Report on the lunatic asylums under the Government of Bombay - 1904-1913
Year: 1904
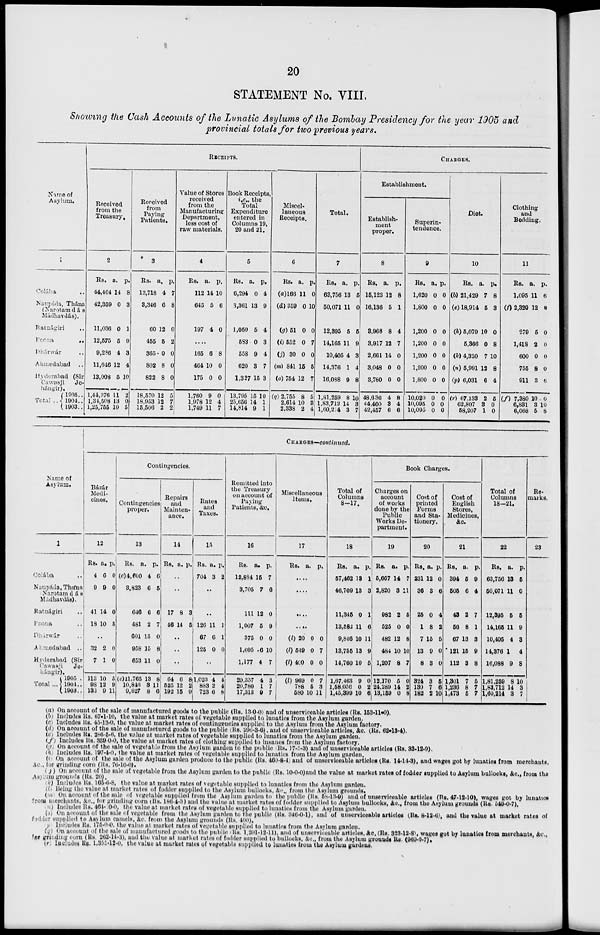
20
STATEMENT No. VIII.
Showing the Cash Accounts of the Lunatic Asylums of the Bombay Presidency for the year 1905 and
provincial totals for two previous years.
Name of
Asylum.
1
Colába ..
Naupáda, Thána
(Narotamdás
Mádhavdás).
Ratanágiri ..
Poona ..
Dhárwár ..
Ahmedabad
..
Hyderabad (Sir
Cawasji Je-
hángir).
Total ...
1905..
1904..
1903..
RECEIPTS.
Received
from the
Treasury.
2
Rs.
14,464
42,359
11,036
12,575
9,296
11,646
13,008
1,44,376
1,34,508
1,25,755
a.
14
0
0
5
4
12
5
11
13
10
p.
8
3
1
9
3
4
10
2
0
5
Received
from
Paying
Patients.
3
Rs.
12,718
3,346
60
455
365
802
822
18,570
18,953
15,506
a.
4
6
12
5
0
8
8
12
12
2
p.
7
8
0
2
0
0
0
5
7
2
Value of Stores
received
from the
Manufacturing
Department,
less cost of
raw materials.
4
Rs.
112
645
197
a.
14
5
4
p.
10
6
0
...
165
464
175
1,760
1,978
1,749
6
10
0
9
12
11
8
0
0
0
4
7
Book Receipts,
i.e., the
Total
Expenditure
entered in
Columns 19,
20 and 21.
5
Rs.
6,294
3,361
1,050
583
558
620
1,327
13,795
25,656
14,814
a.
0
13
5
0
9
3
15
15
14
9
p.
4
9
4
3
4
7
3
10
1
1
Miscel-
laneous
Receipts.
6
Rs.
(a)166
(d) 359
(g) 51
(i) 552
(j) 30
(m) 841
(o) 754
(q) 2,755
2,614
2,338
a.
11
0
0
0
0
15
12
8
10
2
p.
0
10
0
7
0
5
7
5
3
4
Total.
7
Rs.
63,756
50,071
12,395
14,165
10,405
14,376
16,088
1,81,259
1,83,712
1,60,214
a.
13
11
5
11
4
1
9
8
14
3
p.
5
0
5
9
3
4
8
10
3
7
CHARGES.
Establishment.
Establish-
ment
proper.
8
Rs.
15,123
16,136
3,968
3,917
2,661
3,048
3,780
48,636
44,400
42,457
a.
12
5
8
12
14
0
0
4
3
6
p.
8
1
4
7
0
0
0
8
4
6
Superin-
tendence.
9
Rs.
1,620
1,800
1,200
1,200
1,200
1,200
1,800
10,020
10,095
10,095
a.
0
0
0
0
0
0
0
0
0
0
p.
0
0
0
0
0
0
0
0
0
0
Diet.
10
Rs.
(b) 21,429
(e) 18,914
(h) 5,079
5,366
(k) 4,320
(n) 5,991
(p) 6,031
(r) 67,133
62,807
58,207
a.
7
5
10
0
7
12
6
2
3
1
p.
8
3
0
8
10
8
4
5
0
0
Clothing
and
Bedding.
11
Rs.
1,095
(f) 2,320
279
1,418
600
755
911
(f) 7,380
6,831
6,068
a.
11
12
5
2
0
8
3
10
3
5
p.
6
0
0
0
0
0
6
0
10
8
Name of
Asylum.
1
Colába ..
Naupáda,Thána
Narotamdás
Madhavdás).
Ratnágiri ..
Poona ..
Dhárwár ..
Ahmedabad
..
Hyderabad (Sir
Cawasji Je-
hángir).
Total
..
1905 ..
1901 ..
1903 ..
CHARGES—continued.
Bázár
Medi-
cines.
12
Rs.
4
9
41
18
a.
6
9
14
10
p.
0
0
0
5
..
32
7
113
98
133
2
1
10
12
9
0
0
5
9
11
Contingencies.
Contingencies
proper.
13
Rs.
(c) 4,600
3,823
646
481
601
958
653
(c) 11,765
10,846
9,627
a.
4
6
6
2
15
15
11
13
3
8
p.
6
5
6
7
0
8
0
8
11
6
Repairs
and
Mainten-
ance.
14
Rs. a.
p.
..
..
17
40
8
14
3
5
..
..
..
64
525
192
6
12
15
8
2
9
Rates
and
Taxes.
15
Rs.
704
a.
3
p.
2
..
..
126
67
125
11
6
0
1
1
0
..
1,023
883
723
4
2
6
4
4
8
Remitted into
the Treasury
on account of
Paying
Patients, &c.
16
Rs.
12,884
3,705
111
1,007
375
1,095
1,177
20,357
20,780
17,313
a.
15
7
12
5
0
6
4
4
1
9
p.
7
6
0
9
0
10
7
3
7
7
Miscellaneous
Items.
17
Rs.
a.
p.
....
....
....
....
(l) 20
(l) 549
(l) 400
(l) 969
788
580
0
0
0
0
5
10
0
7
0
7
3
11
Total of
Columns
8—17.
18
Rs.
57,462
46,709
11,345
13,582
9,846
13,755
14,760
1,67,468
1,58,056
1,45,399
a.
13
13
0
11
10
13
10
9
0
10
p.
1
3
1
6
11
9
5
0
2
6
Book Charges.
Charges on
account
of works
done by the
Public
Works De-
partment.
19
Rs.
5,667
2,820
982
525
482
484
1,207
12,170
24,289
13,159
a.
14
3
2
0
12
10
8
5
14
0
p.
7
11
5
0
8
10
7
0
2
8
Cost of
printed
Forms
and Sta-
tionery.
20
Rs.
231
36
25
1
7
13
8
324
130
182
a.
12
3
0
8
15
9
3
3
7
2
p.
0
6
4
2
5
0
0
5
6
10
Cost of
English
Stores,
Medicines,
&c.
21
Rs.
394
505
43
56
67
121
112
1,301
1,236
1,473
a.
5
6
2
8
13
15
3
7
8
5
p.
9
4
7
1
3
9
8
5
7
7
Total of
Columns
18—21.
22
Rs.
63,756
50,071
12,395
14,165
10,405
14,376
16,088
1,81,259
1,83,712
1,60,214
a.
13
11
5
11
4
1
9
8
14
3
p.
5
0
5
9
3
4
8
10
3
7
Re-
marks.
23
(a) On account of the sale of manufactured goods to the public (Rs. 1300) and of unserviceable articles (Rs. 153-11-0).
(b) Includes Rs. 67-1-10, the value at market rates of vegetable supplied to lunatics from the Asylum garden.
(c) Includes Rs. 45-13-0, the value at market rates of contingencies supplied to the Asylum from the Asylum factory.
(d) On account of the sale of manufactured goods to the public (Rs. 296-3-6), and of unserviceable articles, &c. (Rs. 62-13-4).
(e) Includes Rs. 286-5-6, the value at market rates of vegetable supplied to lunatics from the Asylum garden.
(f) Includes Rs. 359 0-0, the value at market rates of clothing supplied to insanes from the Asylum factory.
(g) On account of the sale of vegetable from the Asylum garden to the public (Rs. 17-3-3) and of unserviceable articles (Rs. 33-12-9).
(h) Includes Rs. 197-4-0, the value at market rates of vegetable supplied to lunatics from the Asylum garden,
(i). On account of the sale of the Asylum garden produce to the public (Rs. 460-8-4) and of unserviceable articles (Rs. 14-14-3), and wages got by lunatics from merchants,
&c., for grinding corn (Rs. 76-10-0).
( j) On account of the sale of vegetable from the Asylum garden to the public (Rs. 10-0-0)and the value at market rates of fodder supplied to Asylum bullocks, &c., from the
Asylum grounds (Rs. 20).
(k) Includes Rs. 165-6-8, the value at market rates of vegetable supplied to lunatics from the Asylum garden.
(l) Being the value at market rates of fodder supplied to the Asylum bullocks, &c., from the Asylum grounds.
(m) On account of the sale of vegetable supplied from the Asylum garden to the public (Rs. 58-13-9) and of unserviceable articles (Rs. 47-12-10), wages got by lunatics
from merchants, &c., for grinding corn (Rs. 186-4-3) and the value at market rates of fodder supplied to Asylum bullocks, &c., from the Asylum grounds (Rs. 549-0-7).
(n) Includes Rs. 464-0-0, the value at market rates of vegetable supplied to lunatics from the Asylum garden.
(o) On account of the sale of vegetable from the Asylum garden to the public (Rs. 346-0-1), and of unserviceable articles (Rs. 8-12-6), and the value at market rates of
fodder supplied to Asylum camels, &c. from the Asylum grounds (Rs. 400).
(p)Includes Rs. l75-0-0, the value at market rates of vegetable supplied to lunatics from the Asylum garden.
(q) On account of the sale of manufactured goods to the public (Rs. 1,201-12-11), and of unserviceable articles, &c. (Rs. 323-12-8), wages got by lunatics from merchants, &c.,
for grinding corn (Rs. 262-14-3), and the value at market rates of fodder supplied to bullocks, &c., from the Asylum grounds Rs. (969-0-7).
(r) Includes Rs. 1,355-12-0, the value at market rates of vegetable supplied to lunatics from the Asylum gardens.